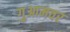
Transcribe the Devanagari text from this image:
गुआमवर